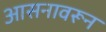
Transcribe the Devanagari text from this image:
आसनावरून